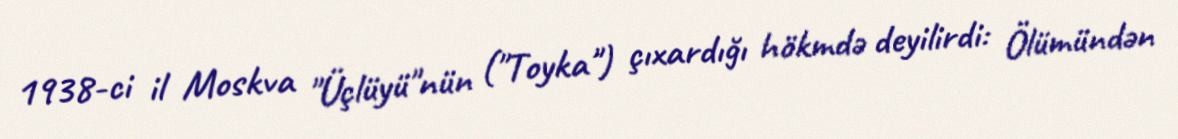
1938-ci il Moskva "Üçlüyü"nün ("Toyka") çıxardığı hökmdə deyilirdi: Ölümündən